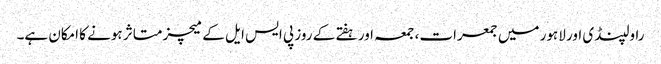
راولپنڈی اور لاہور میں جمعرات، جمعہ اور ہفتے کے روز پی ایس ایل کے میچز متاثر ہونے کا امکان ہے۔